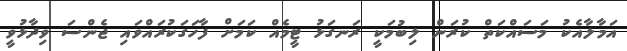
އަމާލާއެކު މަސައްކަތް ކުރަން ލިބުމަކީ ރަނގަޅު ޓީމެއް ކަމަށް ފާހަގަކުރައްވައި ޖެންސަ ވިދާޅުވީ